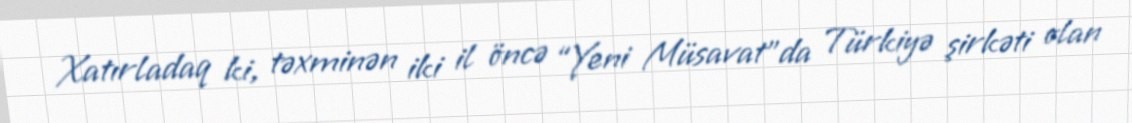
Xatırladaq ki, təxminən iki il öncə “Yeni Müsavat”da Türkiyə şirkəti olan